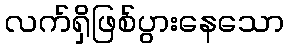
လက်ရှိဖြစ်ပွားနေသော